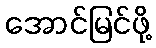
အောင်မြင်ဖို့